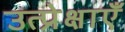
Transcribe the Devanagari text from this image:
उत्प्रेक्षाएँ